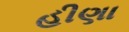
હીણા